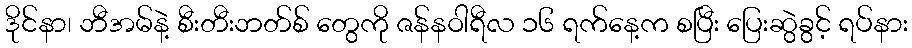
ဒိုင်နာ၊ ဘီအမ်နဲ့ စီးတီးဘတ်စ် တွေကို ဇန်နဝါရီလ ၁၆ ရက်နေ့က စပြီး ပြေးဆွဲခွင့် ရပ်နား